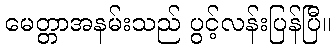
မေတ္တာအနမ်းသည် ပွင့်လန်းပြန်ပြီ။